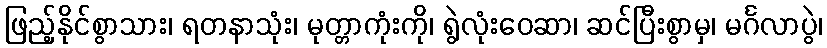
ဖြည့်နိုင်စွာသား၊ ရတနာသုံး၊ မုတ္တာကုံးကို၊ ရွဲလုံးဝေဆာ၊ ဆင်ပြီးစွာမှ၊ မင်္ဂလာပွဲ၊